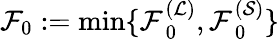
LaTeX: \mathcal{F}_{0}:=\operatorname*{min}\{ \mathcal{F}_{\mathrm{~0~}}^{(\mathcal{L})},\mathcal{F}_{\mathrm{~0~}}^{(\mathcal{S})}\}